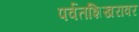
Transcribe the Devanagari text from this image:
पर्वतशिखरावर